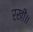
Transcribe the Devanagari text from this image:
रखी॥